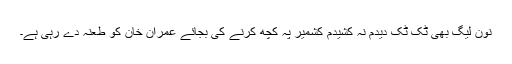
نون لیگ بھی ٹک ٹک دیدم نہ کشیدم کشمیر پہ کچھ کرنے کی بجائے عمران خان کو طعنہ دے رہی ہے۔